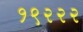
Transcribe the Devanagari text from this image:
१९२२२